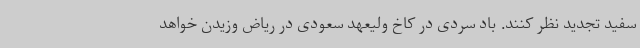
سفید تجدید نظر کنند. باد سردی در کاخ ولیعهد سعودی در ریاض وزیدن خواهد